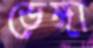
ভেঙ্গা